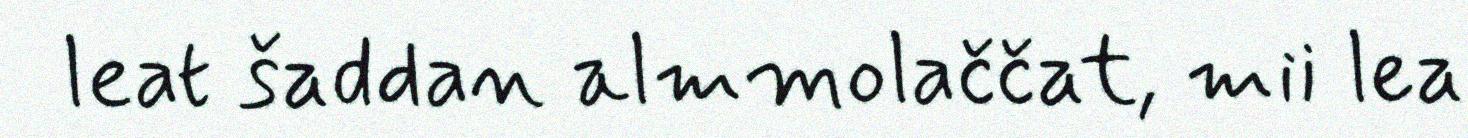
leat šaddan almmolaččat, mii lea